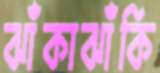
ঝাঁকাঝাঁকি